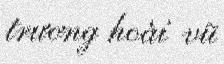
trương hoài vũ